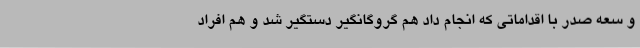
و سعه صدر با اقداماتی که انجام داد هم گروگانگیر دستگیر شد و هم افراد